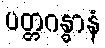
ပတ္တဂန္ဓာနံ